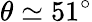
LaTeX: \theta\simeq 51^{\circ}